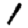
Digit: 1